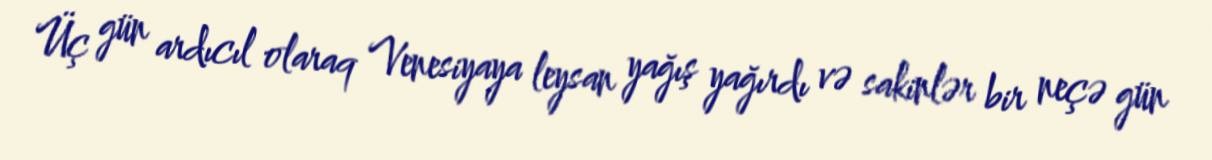
Üç gün ardıcıl olaraq Venesiyaya leysan yağış yağırdı və sakinlər bir neçə gün